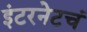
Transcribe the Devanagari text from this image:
इंटरनेटचं